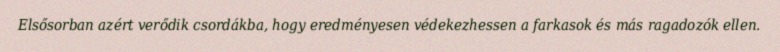
Elsősorban azért verődik csordákba, hogy eredményesen védekezhessen a farkasok és más ragadozók ellen.